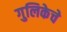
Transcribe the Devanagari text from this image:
गुलिकेचे